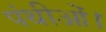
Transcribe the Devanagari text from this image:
पंथीओं।